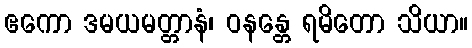
ဧကော ဒမယမတ္တာနံ၊ ဝနန္တေ ရမိတော သိယာ။